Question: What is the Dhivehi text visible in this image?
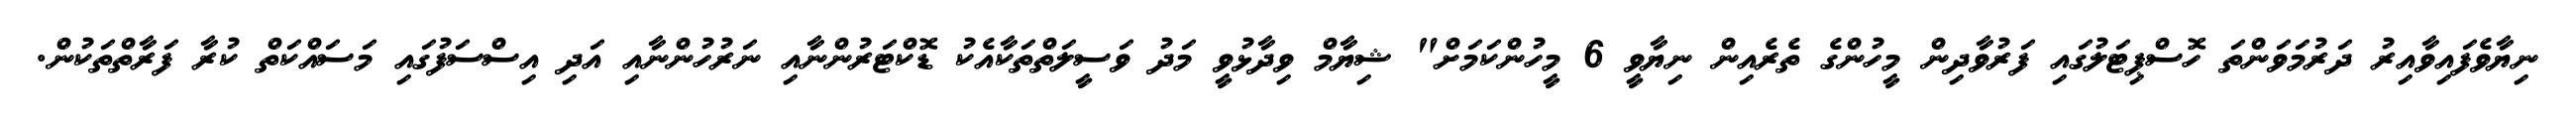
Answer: ނިޔާވެފައިވާއިރު ދަރުމަވަންތަ ހޮސްޕިޓަލުގައި ފަރުވާދިން މީހުންގެ ތެރެއިން ނިޔާވީ 6 މީހުންކަމަށް" ޝިޔާމް ވިދާޅުވީ މަދު ވަސީލަތްތަކާއެކު ޑޮކްޓަރުންނާއި ނަރުހުންނާއި އަދި އިސްސަފުގައި މަސައްކަތް ކުރާ ފަރާތްތަކުން.